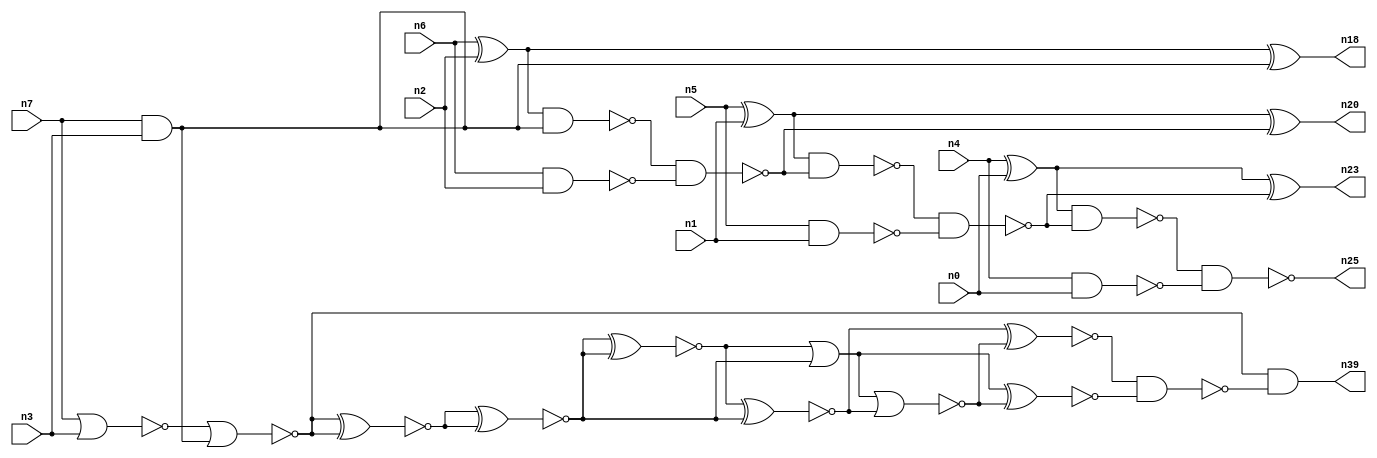
// This program was cloned from: https://github.com/umar-afzaal/ReCkt
// License: MIT License

// This file contains a pareto-optimal circuit with respect to area and the fault-resilince parameter p_fault which is defined as:
// "For all input vectors, the ratio of the no. of faults observable at the POs to the no. of total possible faults in the circuit".
// This code is part of the ReCkt library (https://github.com/umar-afzaal/ReCkt) distributed under The MIT License.
// When used, please cite the following article(s):
// U. Afzaal, A.S. Hassan, M. Usman and J.A. Lee, "On the Evolutionary Synthesis of Increased Fault-resilience Arithmetic Circuits".

// p_fault = 62.5 %    (Lower is better)
// gates = 30.0
// levels = 10
// area = 42.27    (For MCNC library relative to nand2)
// power = 208.3 uW    (Berkely-SIS for MCNC library @ Vdd=5V and 20 MHz clock)
// delay = 18.4 ns    (Berkely-ABC for MCNC library)
// PDP = 3.83272e-12 J

// Pin mapping:
// {n0, n1, n2, n3} = A[3:0]
// {n4, n5, n6, n7} = B[3:0]
// {n25, n23, n20, n18, n39} = O[4:0]

module addr4u_area_40 (
n0, n1, n2, n3, n4, n5, n6, n7, 
n25, n23, n20, n18, n39
);

input n0, n1, n2, n3, n4, n5, n6, n7;
output n25, n23, n20, n18, n39;
wire n29, n38, n13, n30, n24, n9, n14, n16, n35, n22, n8, n15, n32, n10, n31, n26, n19, n21, n33, n27, 
n11, n28, n12, n17, n34;

xor (n8, n4, n0);
nand (n9, n4, n0);
nand (n10, n5, n1);
nand (n11, n6, n2);
nor (n12, n7, n3);
xor (n13, n6, n2);
and (n14, n7, n3);
xor (n15, n5, n1);
nor (n16, n12, n14);
nand (n17, n13, n14);
xor (n18, n13, n14);
nand (n19, n17, n11);
xor (n20, n15, n19);
nand (n21, n15, n19);
nand (n22, n21, n10);
xor (n23, n8, n22);
nand (n24, n8, n22);
nand (n25, n24, n9);
xnor (n26, n16, n16);
xnor (n27, n16, n16);
xnor (n28, n26, n26);
xnor (n29, n27, n27);
xnor (n30, n28, n28);
xnor (n31, n30, n29);
or (n32, n30, n29);
nor (n33, n32, n31);
xnor (n34, n32, n33);
xnor (n35, n31, n33);
nand (n38, n35, n34);
and (n39, n16, n38);

endmodule